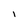
Character: I